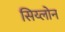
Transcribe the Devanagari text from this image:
सिय्लोन